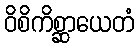
ဝိစိကိစ္ဆာယေတံ